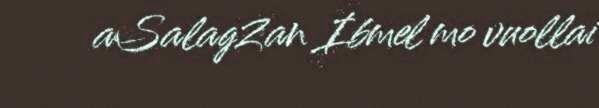
aSalagZan Ibmel mo vuollai